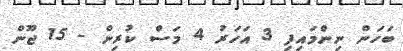
ބަހަން ނިންމައިފި 3 އަހަރު 4 މަސް ކުރިން - 15 ޖޫން